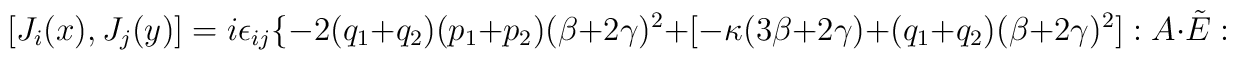
[J_i(x),J_j(y)]=i\epsilon_{ij}\{-2(q_1+q_2)(p_1+p_2)(\beta+2\gamma)^2+[-\kappa(3\beta+2\gamma)+(q_1+q_2)(\beta+2\gamma)^2]:A\cdot\tilde E: